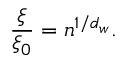
\frac { \xi } { \xi _ { 0 } } = n ^ { 1 / d _ { w } } .